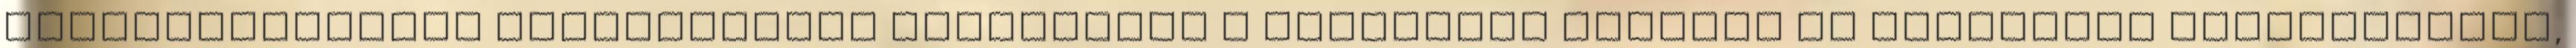
sokszínűségének megőrzésével hozzájárul a közösségi értékek és emlékezet megőrzéséhez,